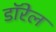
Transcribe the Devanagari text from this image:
डॉरेल